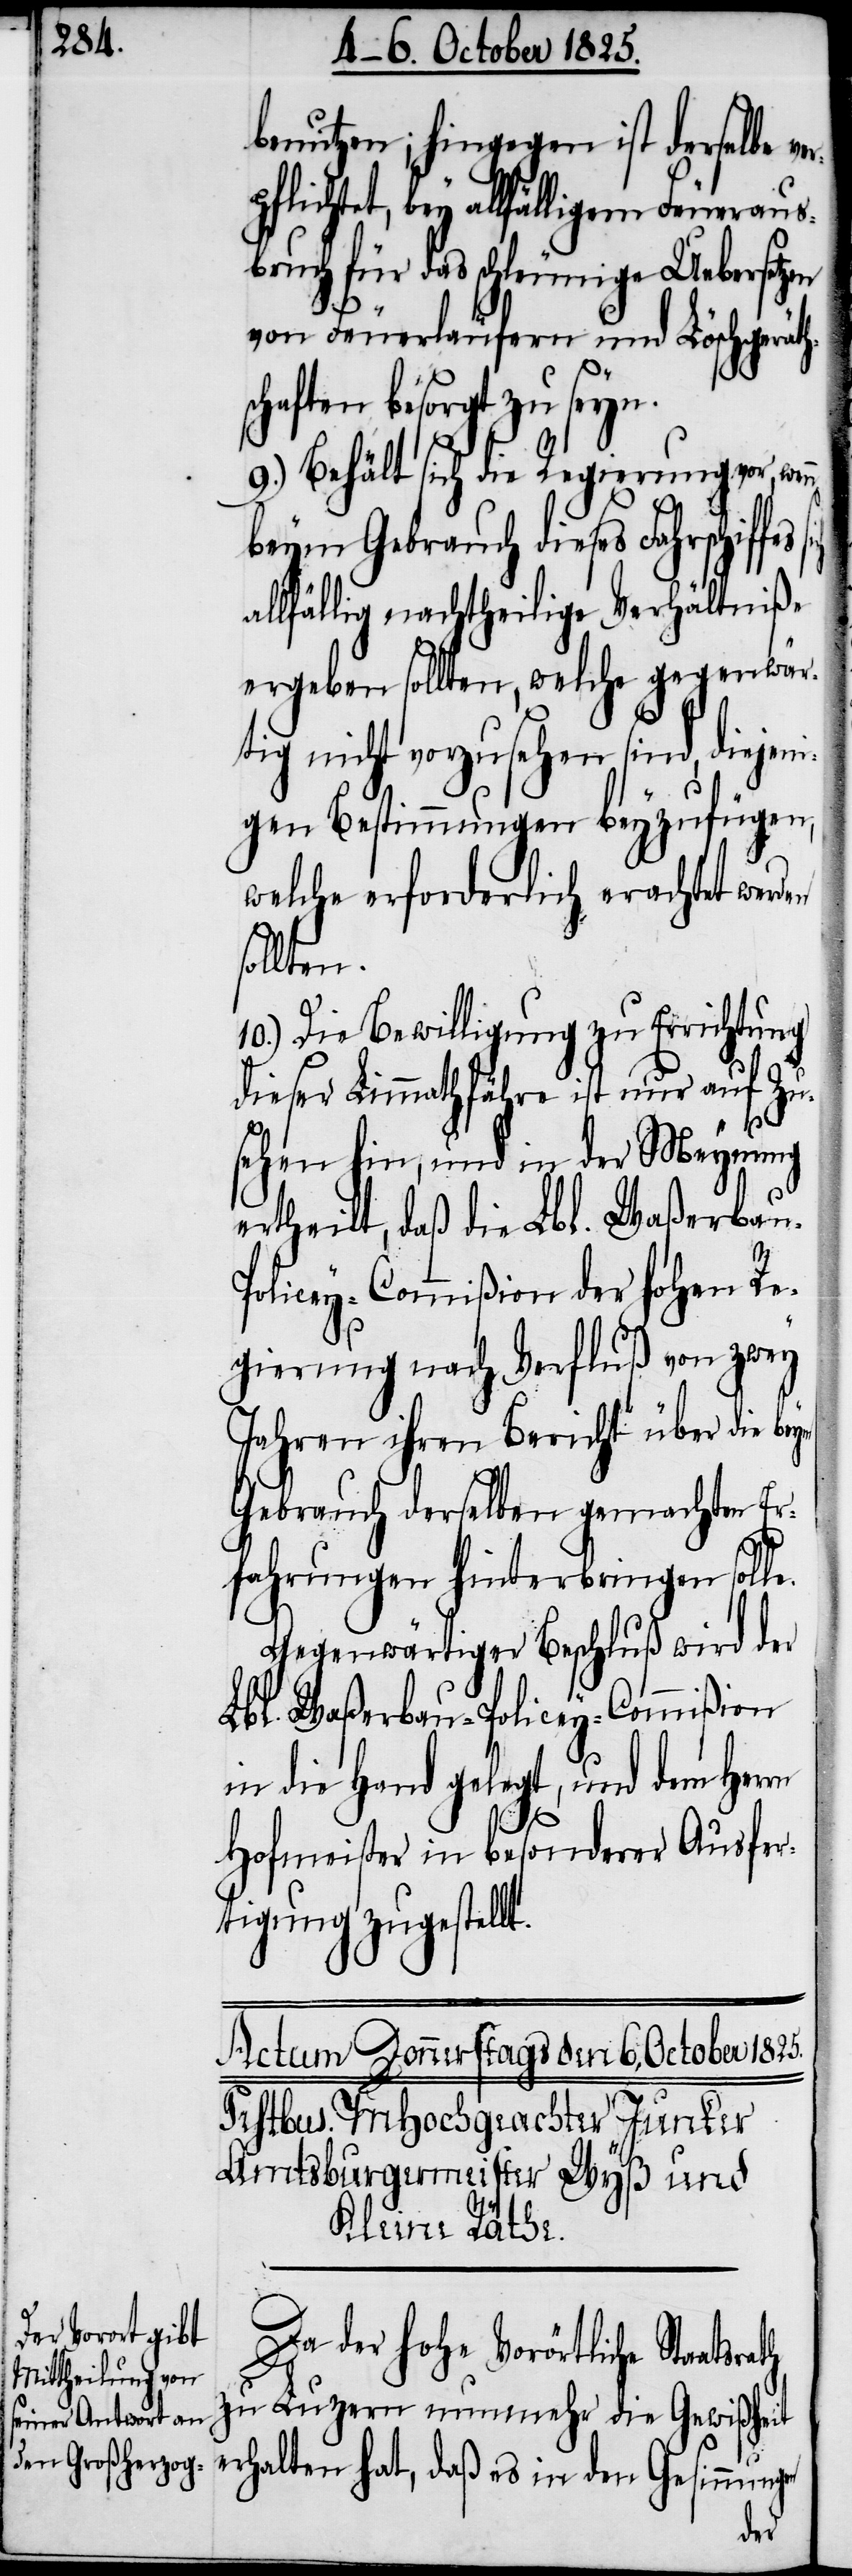
benutzen; hingegen ist derselbe
srath
pflichte, bey allfälligem Feueraus¬
bruch für das schleunige Uebersetzen
von Feuerläufern und Löschgeräth¬
schaften besorgt zu seyn.
9.) Behält sich die Regierung vor,
beym Gebrauch dieses Fahrschiffes
lfällig nachtheilige Verhältniße
ergeben sollten, welche gegenwär¬
tig nicht vorzusehen sind, diejeni¬
gen Bestimmungen beyzufügen,
welche erforderlich erachtet werden
sollten.
10.) Die Bewilligung zu Errichtung
dieser Limmathfähre ist uns auf Zu¬
sehen hin, und in der Meynung
ertheilt, daß die Lbl. Waßerbau-P¬
t.
olicey-Commißion der hohen Re¬
gierung nach Verfluß von zwey
Jahren ihren Bericht über die
Gebrauch derselben gemachten Er¬
fahrungen hinterbringen soll¬
Gegenwärtiger Beschluß wird der
Lbl. Waßerbau-Policey-Commißion
in die Hand gelegt, und dem Herrn
Hofmeister in besonderer Ausfer¬
tigung zugestell¬
Da der hohe Vorörtliche Staat¬
zu Luzern nunmehr die Gewißheit
erhalten hat, daß es in den Gesinnungen